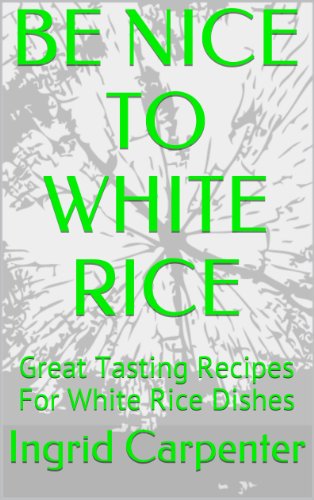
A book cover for BE NICE TO WHITE RICE: Great Tasting Recipes For White Rice Dishes; Ingrid Carpenter; Cookbooks, Food & Wine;